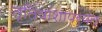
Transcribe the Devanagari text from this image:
तृतियांशापर्यंत